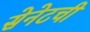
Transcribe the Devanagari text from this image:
सेनेटची